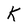
Character: k